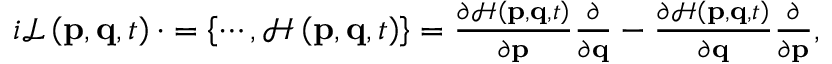
\begin{array} { r } { i \mathcal { L } \left( \mathbf { p } , \mathbf { q } , t \right) \cdot = \left\lbrace \cdots , \mathcal { H } \left( \mathbf { p } , \mathbf { q } , t \right) \right\rbrace = \frac { \partial \mathcal { H } \left( \mathbf { p } , \mathbf { q } , t \right) } { \partial \mathbf { p } } \frac { \partial } { \partial \mathbf { q } } - \frac { \partial \mathcal { H } \left( \mathbf { p } , \mathbf { q } , t \right) } { \partial \mathbf { q } } \frac { \partial } { \partial \mathbf { p } } , } \end{array}